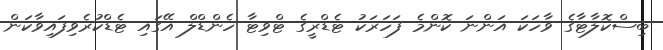
ބިސްކޮލާޓާގެ ވާހަކަ އަންނަ ކޮންމެ ފަހަރަކު ޓެޑްރީގެ ޓްވިޓާ ހެންޑްލް އޭގައި ޓެޑްކުރެވިފައިވާކަން